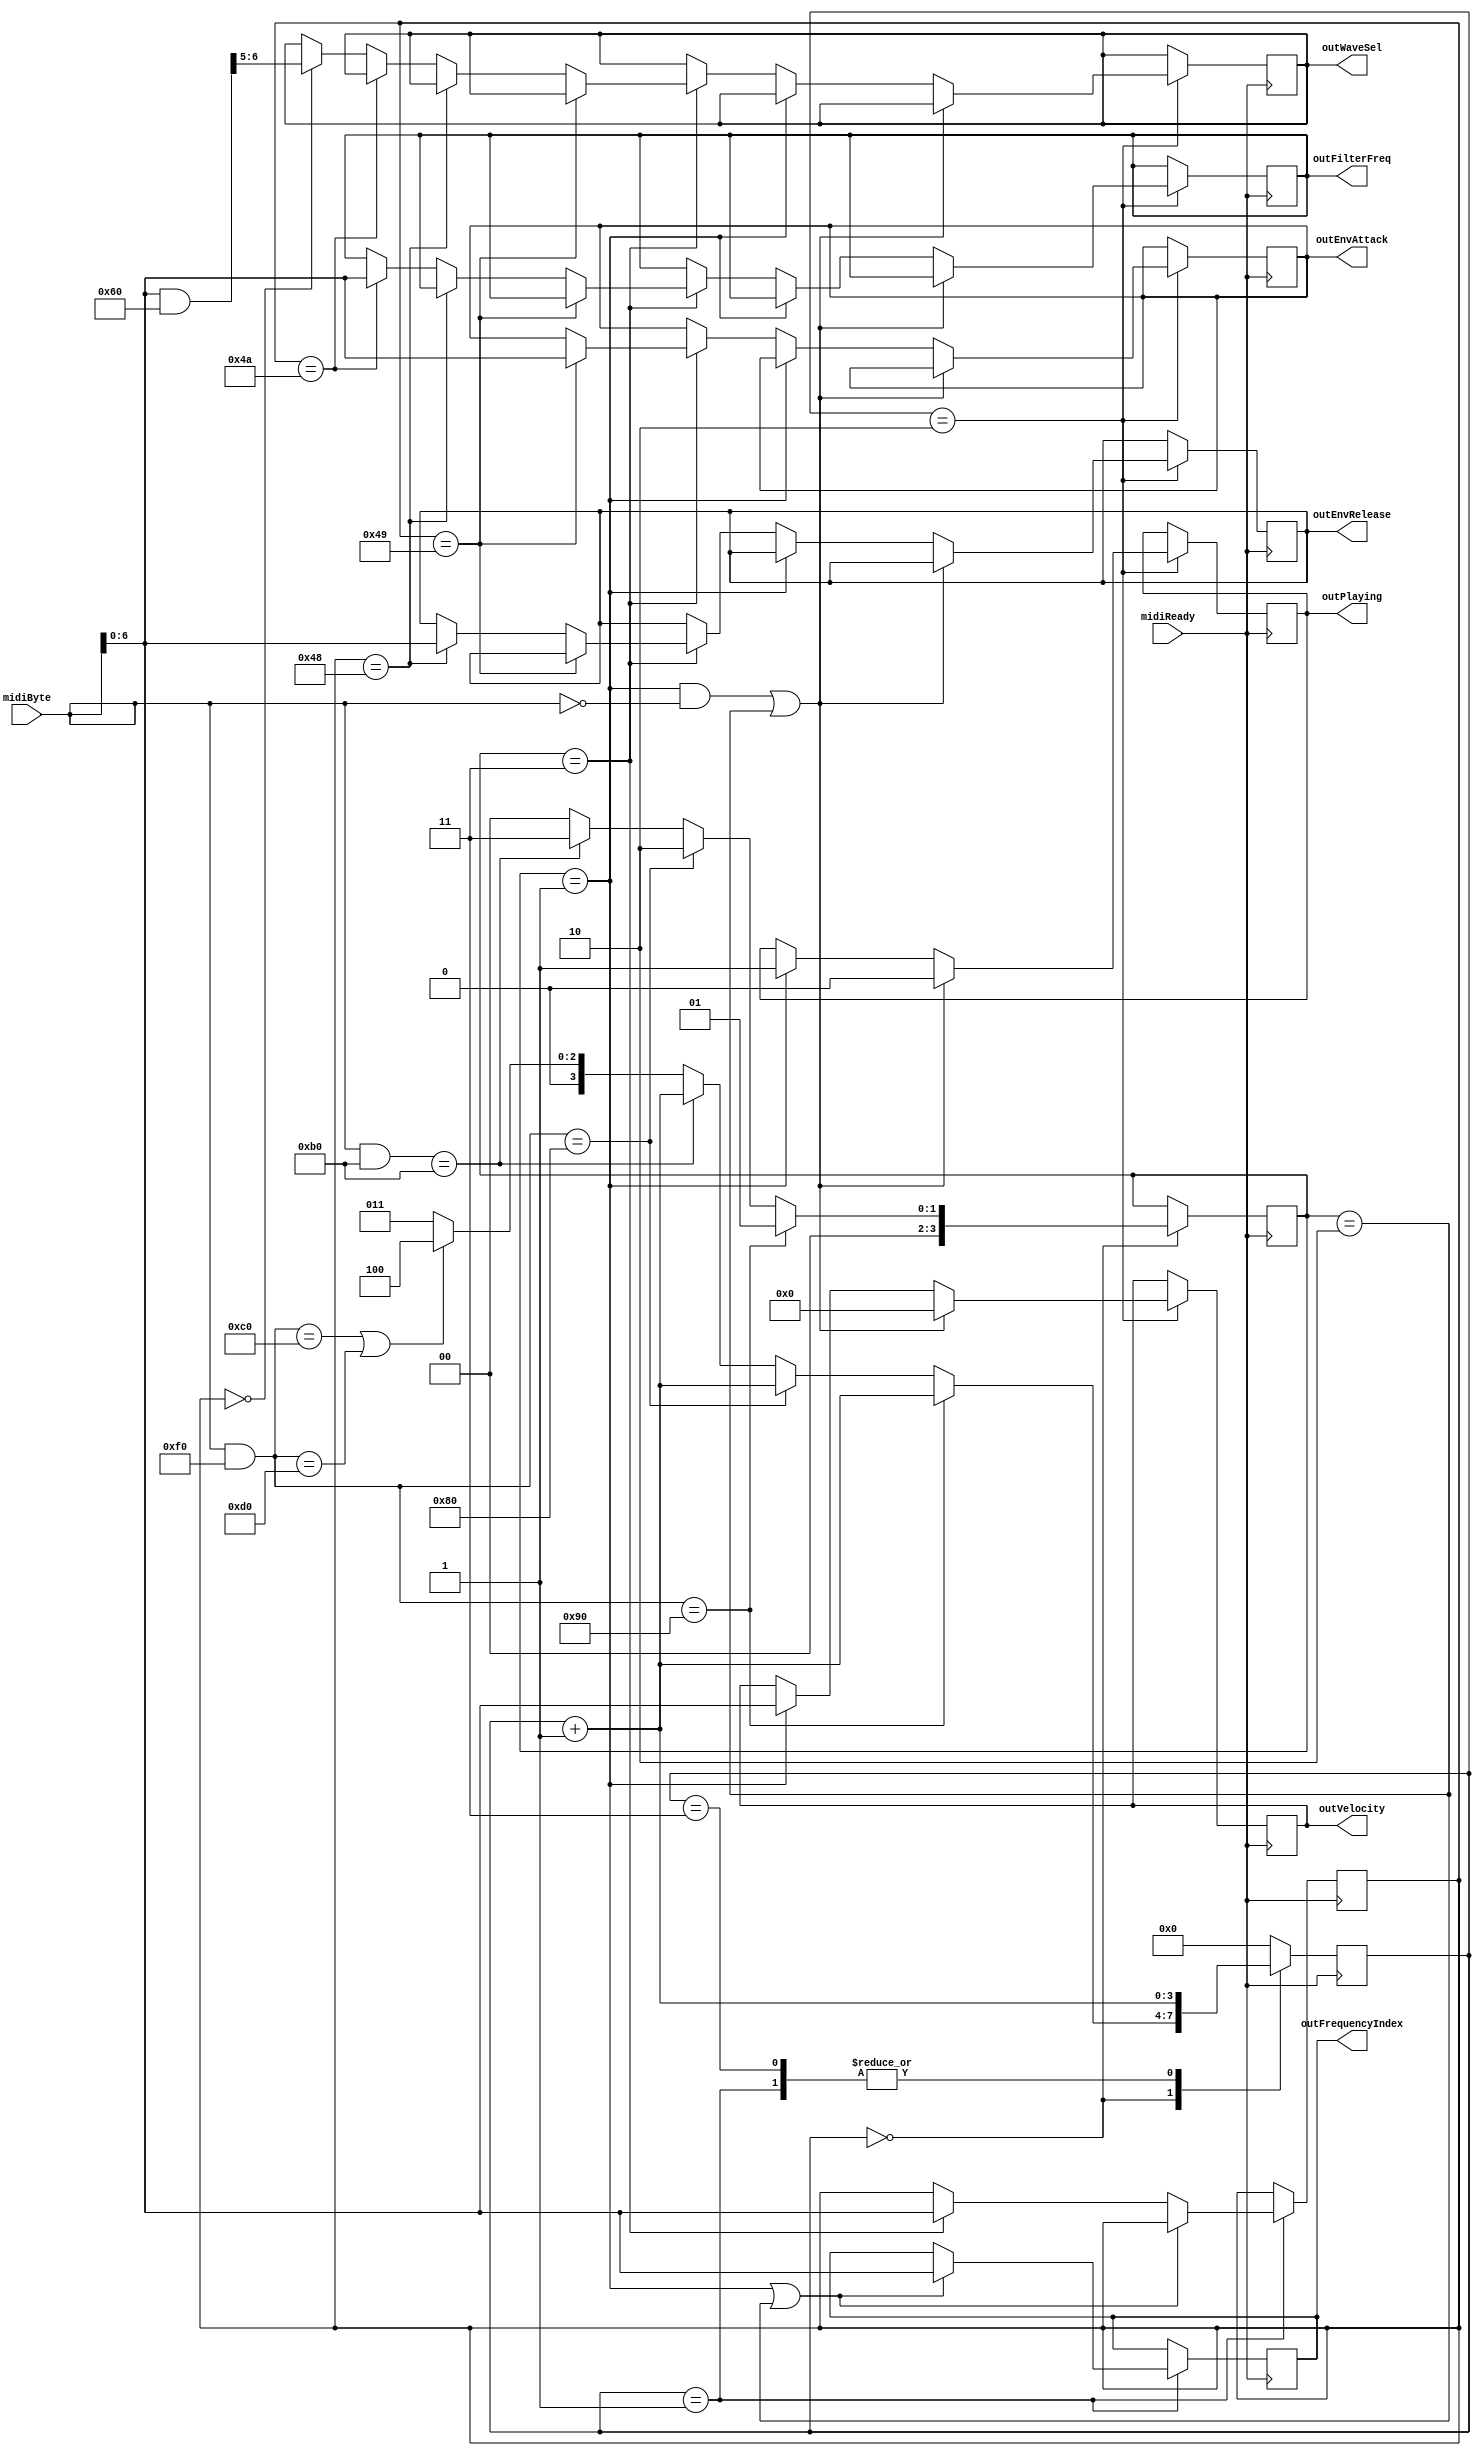
`timescale 1ns / 1ps
//////////////////////////////////////////////////////////////////////////////////
// Company: LU
// 
// Design Name:    fpga_synth
// Module Name:    main 
// Project Name: 
// Target Devices: Spartan 3E Starter Kit + FX2-BB
// Tool versions: 
// Description: MIDI serial data parser module
//
// Dependencies: 
//
// Revision: 
// Revision 0.01 - File Created
// Additional Comments:
//   https://www.midi.org/specifications/item/table-1-summary-of-midi-message 
//
//////////////////////////////////////////////////////////////////////////////////
module MIDIParse(
		input [7:0] midiByte,
		input midiReady,
		output [6:0] outFrequencyIndex,
		output [6:0] outVelocity,
		output outPlaying,
		output [6:0] outEnvAttack,
		output [6:0] outEnvRelease,
		output [6:0] outFilterFreq,
		output [1:0] outWaveSel
    );

	reg[3:0] byteNumber = 0; // command, note, velocity, reserved steps to skip all other MIDI commands
	reg[3:0] messageType = 0; // note on, note off, controll message, other
	reg[6:0] controlNumber = 0; // control change number
	
	// Output is 24 bit integer, because highest frequency is 4186Hz * 1000
	reg[6:0] frequencyIndex = 0;
	reg[6:0] velocity = 0;
	reg playing = 0;
	reg[6:0] envAttack = 0;
	reg[6:0] envRelease = 0;
	reg[6:0] filterFreq = 0;
	reg[1:0] waveSelector = 0;
	
	always @(posedge midiReady) begin
		case (byteNumber)
			0: // Read MIDI command message
			begin
				$display("8'hF0 => %b", 8'hF0);
				$display("midi_byte & 8'hF0 => %b", midiByte & 8'hF0);
				if ((midiByte & 8'hF0) == 8'b10010000) begin
					// Note-on message (all channel)
					messageType <= 1;
					byteNumber <= byteNumber + 1;
					$display("midi_byte & 8'hF0 == 8'b10010000: Note-on message (all channel)");
				end
				else if ((midiByte & 8'hF0) == 8'b10000000) begin
					// Note-off message (all channels)
					messageType <= 2;
					byteNumber <= byteNumber + 1;
					$display("midi_byte & 8'hF0 == 8'b10000000: Note-off message (all channels)");
				end
				else if ((midiByte & 8'hB0) == 8'b10110000) begin
					// Control change message (all channels)
					messageType <= 3;
					byteNumber <= byteNumber + 1;
					$display("midi_byte & 8'hB0 == 8'b10110000: Control change message (all channels)");
				end
				else if (((midiByte & 8'hF0) == 8'b11000000)
						|| ((midiByte & 8'hF0) == 8'b11010000)) begin
					// Program change and Channel pressure messages have 
					// single byte data.
					messageType <= 0;
					byteNumber <= 4;
					$display("midi_byte & 8'hF0 == 8'b11000000 || midi_byte & 8'hF0 == 8'b11010000: Program change and Channel pressure messages have single byte data.");
				end
				else begin
					// Rest of standard commands have 2 bytes following
					// except for SysEx messages, be let's hope nobody sends
					// them to us.
					messageType <= 0;
					byteNumber <= 3;
					$display("else: Rest of standard commands have 2 bytes following except for SysEx messages, be let's hope nobody sends them to us.");
				end
			end
			1: // Read second message byte
			begin
				if (messageType == 1 || messageType == 2) begin
					// Note mesage - read note number
					frequencyIndex <= midiByte[6:0];
				end
				else if (messageType == 3) begin
					// Control change message - read control number
					controlNumber <= midiByte[6:0];
				end
				byteNumber <= byteNumber + 1; // Move to velocity byte
			end
			2: // Read third message byte
			begin
				if ((messageType == 1 && midiByte == 0) || messageType == 2) begin
					// 0-velocity note press or note-off message received
					velocity <= 0;
					playing <= 0;
				end
				else if (messageType == 1) begin
					// note-on message - read velocity
					velocity <= midiByte[6:0];
					playing <= 1;
				end
				else if (messageType == 3) begin
					// control change message - read control value
					if (controlNumber == 73) begin
						// Envelope Attack
						envAttack <= midiByte[6:0];
					end
					else if (controlNumber == 72) begin
						// Envelope Release
						envRelease <= midiByte[6:0];
					end
					else if (controlNumber == 74) begin
						// Filter frequency (brightness by MIDI standard)
						filterFreq <= midiByte[6:0];
					end
					else if (controlNumber == 0) begin
						// Bank select
						// We take upper bits to split the range of
						// the knob into 4 equal segments for 4 different
						// waveforms
						waveSelector <= ((midiByte[6:0] & 7'h60) >> 5);
					end
				end
				
				byteNumber <= 0; // Wait for next command
			end
			3: byteNumber <= byteNumber + 1; // Skip 2 bytes (this and the next one)
			4: byteNumber <= 0; // Skip 1 byte (only this byte)
			default: byteNumber <= 0;
		endcase
	end
	
	assign outPlaying = playing;
	assign outVelocity = velocity;
	assign outFrequencyIndex = frequencyIndex;
	assign outEnvAttack = envAttack;
	assign outEnvRelease = envRelease;
	assign outFilterFreq = filterFreq;
	assign outWaveSel = waveSelector;

endmodule